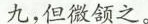
九，但微颔之。